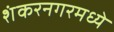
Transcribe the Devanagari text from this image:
शंकरनगरमध्ये